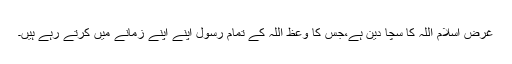
غرض اسلام اللہ کا سچا دین ہے،جس کا وعظ اللہ کے تمام رسول اپنے اپنے زمانے میں کرتے رہے ہیں۔